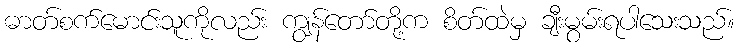
ဓာတ်စက်မောင်းသူကိုလည်း ကျွန်တော်တို့က စိတ်ထဲမှ ချီးမွမ်းရပါသေးသည်။